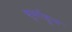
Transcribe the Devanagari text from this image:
बुर्साहून